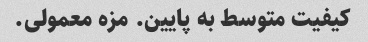
کیفیت متوسط به پایین. مزه معمولی.